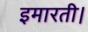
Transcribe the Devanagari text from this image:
इमारती।